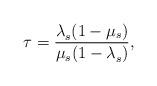
LaTeX: \begin{align*}\tau=\frac{\lambda_s^{}(1-\mu_s)}{\mu_s(1-\lambda_s^{})}, \end{align*}